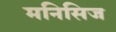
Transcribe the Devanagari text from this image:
मनिसिज